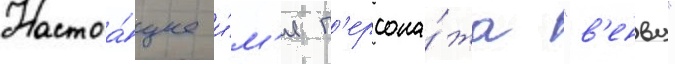
Настоа́щее и́м'я п'ерсона́жа "в'енву"